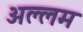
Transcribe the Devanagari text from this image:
अल्लम